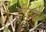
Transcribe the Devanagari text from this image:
हीट्ले